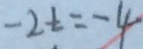
- 2 t = - 4